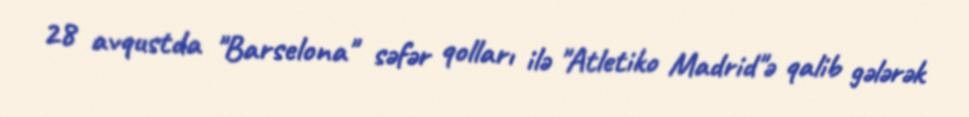
28 avqustda "Barselona" səfər qolları ilə "Atletiko Madrid"ə qalib gələrək